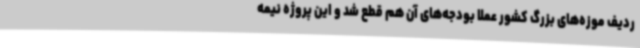
ردیف موزه‌های بزرگ کشور عملا بودجه‌های آن هم قطع شد و این پروژه نیمه